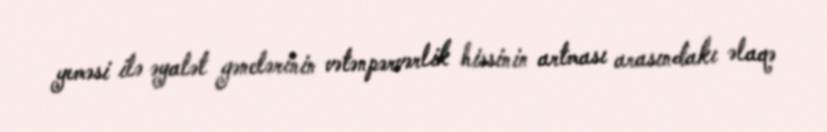
yeməsi ilə əyalət gənclərinin vətənpərvərlik hissinin artması arasındakı əlaqə